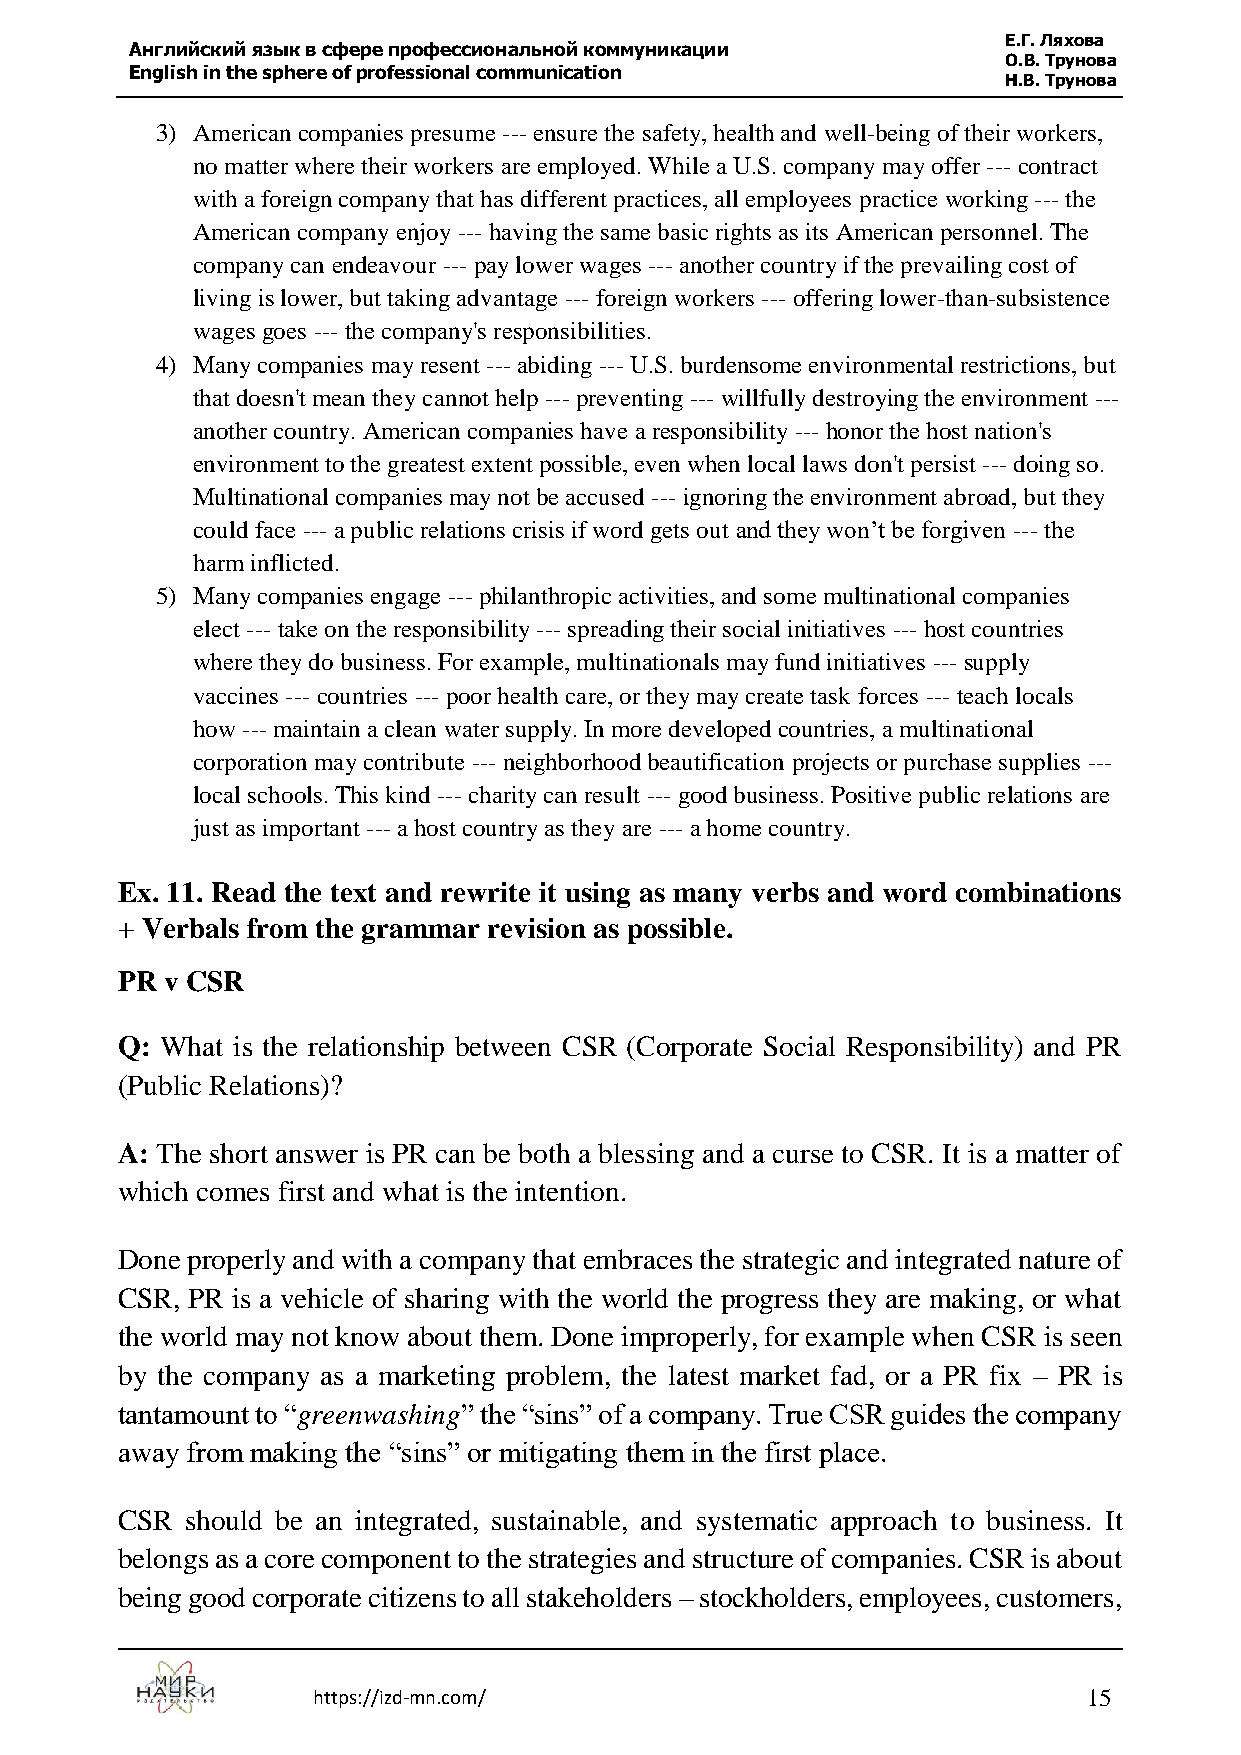
Е.Г. Ляхова
 Английский язык в сфере профессиональной коммуникации
 О.В. Трунова
 English in the sphere of professional communication
 Н.В. Трунова
 3) American companies presume --- ensure the safety, health and well-being of their workers,
 no matter where their workers are employed. While a U.S. company may offer --- contract
 with a foreign company that has different practices, all employees practice working --- the
 American company enjoy --- having the same basic rights as its American personnel. The
 company can endeavour --- pay lower wages --- another country if the prevailing cost of
 living is lower, but taking advantage --- foreign workers --- offering lower-than-subsistence
 wages goes --- the company's responsibilities.
 4) Many companies may resent --- abiding --- U.S. burdensome environmental restrictions, but
 that doesn't mean they cannot help --- preventing --- willfully destroying the environment ---
 another country. American companies have a responsibility --- honor the host nation's
 environment to the greatest extent possible, even when local laws don't persist --- doing so.
 Multinational companies may not be accused --- ignoring the environment abroad, but they
 could face --- a public relations crisis if word gets out and they won’t be forgiven --- the
 harm inflicted.
 5) Many companies engage --- philanthropic activities, and some multinational companies
 elect --- take on the responsibility --- spreading their social initiatives --- host countries
 where they do business. For example, multinationals may fund initiatives --- supply
 vaccines --- countries --- poor health care, or they may create task forces --- teach locals
 how --- maintain a clean water supply. In more developed countries, a multinational
 corporation may contribute --- neighborhood beautification projects or purchase supplies ---
 local schools. This kind --- charity can result --- good business. Positive public relations are
 just as important --- a host country as they are --- a home country.
 Ex. 11. Read the text and rewrite it using as many verbs and word combinations
 + Verbals from the grammar revision as possible.
 PR v CSR
 Q: What is the relationship between CSR (Corporate Social Responsibility) and PR
 (Public Relations)?
 A: The short answer is PR can be both a blessing and a curse to CSR. It is a matter of
 which comes first and what is the intention.
 Done properly and with a company that embraces the strategic and integrated nature of
 CSR, PR is a vehicle of sharing with the world the progress they are making, or what
 the world may not know about them. Done improperly, for example when CSR is seen
 by the company as a marketing problem, the latest market fad, or a PR fix – PR is
 tantamount to “greenwashing” the “sins” of a company. True CSR guides the company
 away from making the “sins” or mitigating them in the first place.
 CSR should be an integrated, sustainable, and systematic approach to business. It
 belongs as a core component to the strategies and structure of companies. CSR is about
 being good corporate citizens to all stakeholders – stockholders, employees, customers,
 https://izd-mn.com/                                15